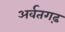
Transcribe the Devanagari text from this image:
अर्वतगढ़